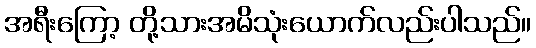
အရီးကြော့ တို့သားအမိသုံးယောက်လည်းပါသည်။